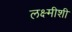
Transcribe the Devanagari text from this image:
लक्ष्मीशी